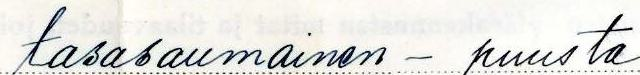
tasasaumainen - puusta